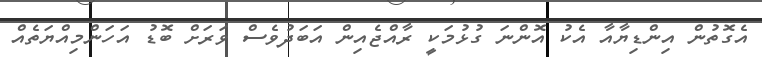
އެގޮތުން އިންޑިޔާއާ އެކު އޮންނަ ގުޅުމަކީ ރާއްޖެއިން އަބަދުވެސް ވަރަށް ބޮޑު އަހަންމިއްޔަތެއް